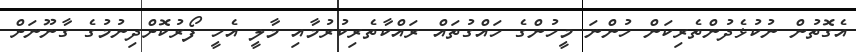
އެގޮތުން ނުކުޅެދުންތެރިކަން ހުންނަ މީހުންގެ ހައްގުތައް ރައްކާތެރިކުރުމާއި މާލީ އެހީ ފޯރުކޮށްދިނުމުގެ ގާނޫނަށް